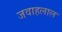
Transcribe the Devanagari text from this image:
जवाहलाल